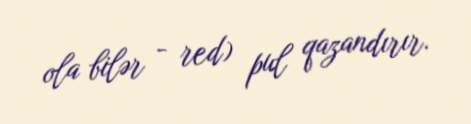
ola bilər - red) pul qazandırır.